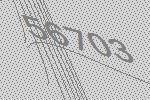
56703